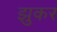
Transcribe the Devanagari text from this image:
झुकर